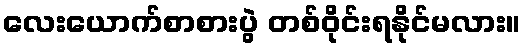
လေးယောက်စာစားပွဲ တစ်ဝိုင်းရနိုင်မလား။